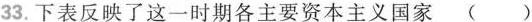
33.下表反映了这一时期各主要资本主义国家( )